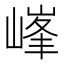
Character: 𡻀